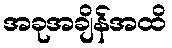
အခုအချိန်အထိ